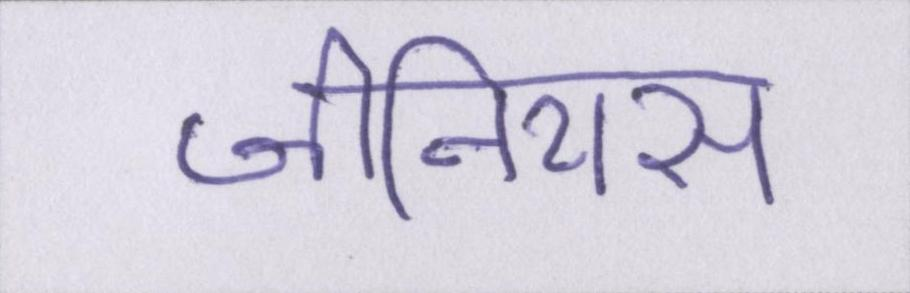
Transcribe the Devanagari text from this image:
जीनियस